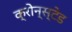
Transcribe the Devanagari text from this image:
क्रोन्स्टेड